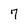
Character: 7